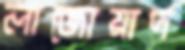
লাজোয়ার্দ